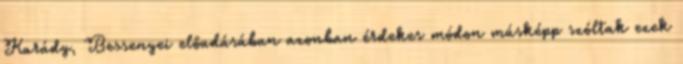
Karády, Bessenyei előadásában azonban érdekes módon másképp szóltak ezek